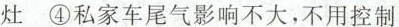
灶④私家车尾气影响不大，不用控制